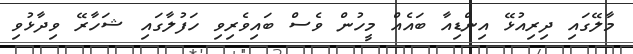
މާލޭގައި ދިރިއުޅޭ އިންޑިއާ ބައެއް މީހުން ވެސް ބައިވެރިވި ހަފުލާގައި ޝަހާރޭ ވިދާޅުވި